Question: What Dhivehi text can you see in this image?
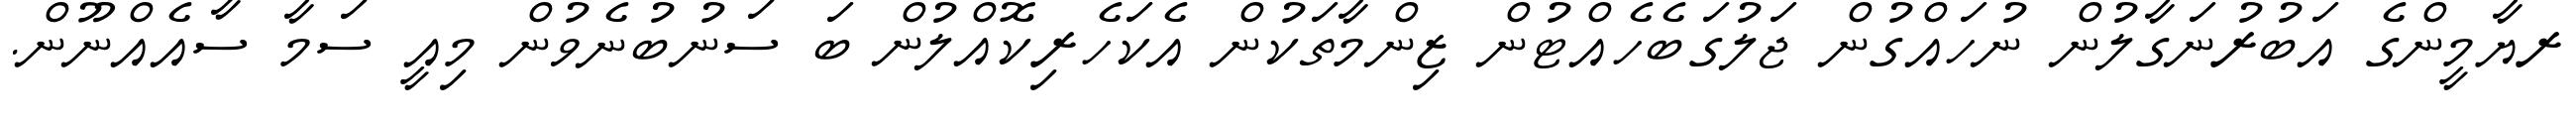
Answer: ރޔާމީންގެ އަބުރުނަގާލުން ނުހައްގުން ޖަލުގަބެހެއްޓުން ޒިންމާތަކުން އެކަހެރިކޮއްލުން ބަ ސަނުބުނެވުން މިއީ ސަމާ ސާއެއްނޫން.